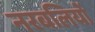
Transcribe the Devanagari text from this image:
नरबलियों